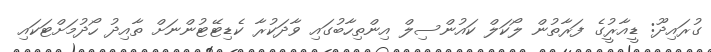
ގުރައިދޫ: ޑީއާރުީގެ ފަރާތުން ލޯކަލް ކައުންސިލް އިންތިހާބުގައި ވާދަކުރާ ކެޑިޓޭޓުންނަށް ތާއިދު ހޯދުމަށްޓަކައި